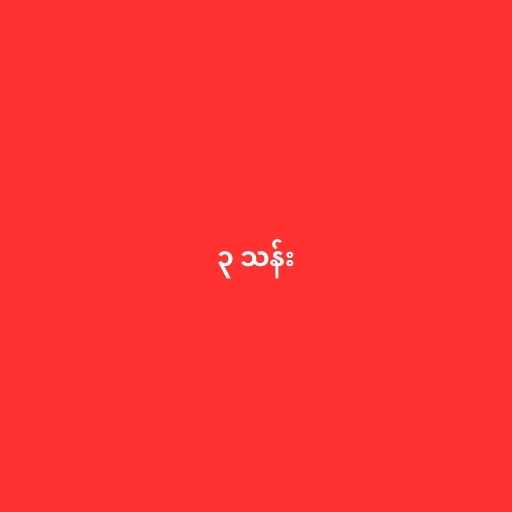
၃ သန်း